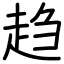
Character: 趋